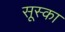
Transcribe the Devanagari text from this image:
सूस्का